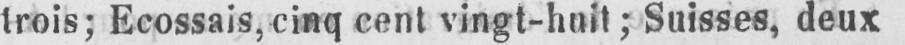
trois; Ecossais, cinq cent vingt-huit; Suisses, deux